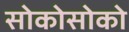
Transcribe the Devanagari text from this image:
सोकोसोको